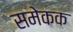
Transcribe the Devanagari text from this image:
समेकक